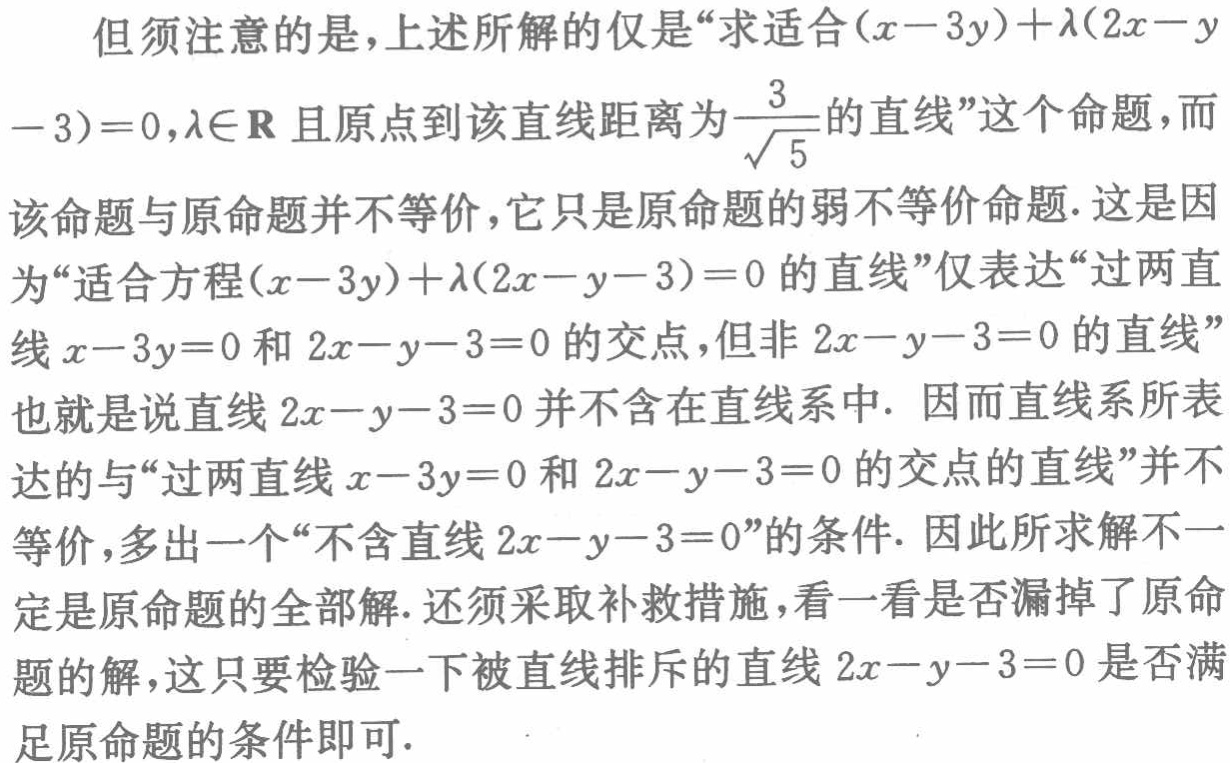
但须注意的是，上述所解的仅是“求适合\((x - 3y)+\lambda(2x - y - 3)=0,\lambda\in\mathbf{R}\)且原点到该直线距离为\(\frac{3}{\sqrt{5}}\)的直线”这个命题，而该命题与原命题并不等价，它只是原命题的弱不等价命题. 这是因为“适合方程\((x - 3y)+\lambda(2x - y - 3)=0\)的直线”仅表达“过两直线\(x - 3y = 0\)和\(2x - y - 3 = 0\)的交点，但非\(2x - y - 3 = 0\)的直线”也就是说直线\(2x - y - 3 = 0\)并不含在直线系中. 因而直线系所表达的与“过两直线\(x - 3y = 0\)和\(2x - y - 3 = 0\)的交点的直线”并不等价，多出一个“不含直线\(2x - y - 3 = 0\)”的条件. 因此所求解不一定是原命题的全部解. 还须采取补救措施，看一看是否漏掉了原命题的解，这只要检验一下被直线排斥的直线\(2x - y - 3 = 0\)是否满足原命题的条件即可.